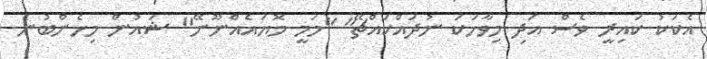
އެކަކު ކައިރީ ވެސް އަދި މިވާހަކަ ނުދައްކައްޗޭ" "މަމީ މޮޔައެއްނޫނޭ" ޝައުން މިހެންބުނެ